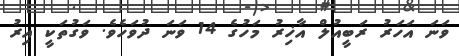
ވަނަ އަހަރު ރަބީއުލް އާޚިރު މަހުގެ 14 ވަނަ ދުވަހެވެ. ވަގުތަކީ އިރު